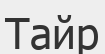
Тайр